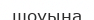
шоуына